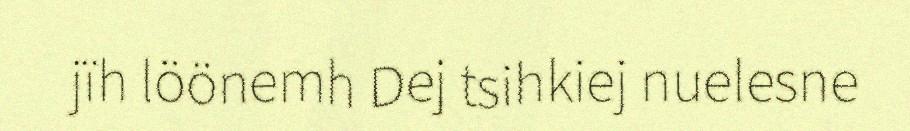
jïh löönemh Dej tsihkiej nuelesne